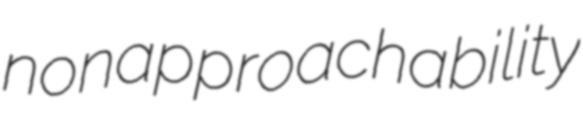
nonapproachability